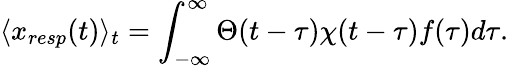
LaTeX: \langle x_{resp}(t)\rangle_{t}=\int_{-\infty}^{\infty}\Theta(t-\tau)\chi(t-\tau)f(\tau)d\tau.